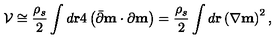
{ \cal V } \cong { \frac { \rho _ { s } } { 2 } } \int d { \bf r } 4 \left( \bar { \partial } { \bf m } \cdot { \partial } { \bf m } \right) = { \frac { \rho _ { s } } { 2 } } \int d { \bf r } \left( \nabla { \bf m } \right) ^ { 2 } ,